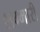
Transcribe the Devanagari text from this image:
शम्मारी